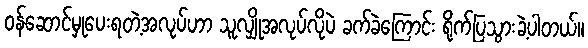
ဝန်ဆောင်မှုပေးရတဲ့အလုပ်ဟာ သူလျှိုအလုပ်လိုပဲ ခက်ခဲကြောင်း ရိုက်ပြသွားခဲ့ပါတယ်။